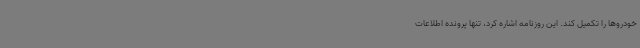
خودروها را تکمیل کند. این روزنامه اشاره کرد، تنها پرونده اطلاعات